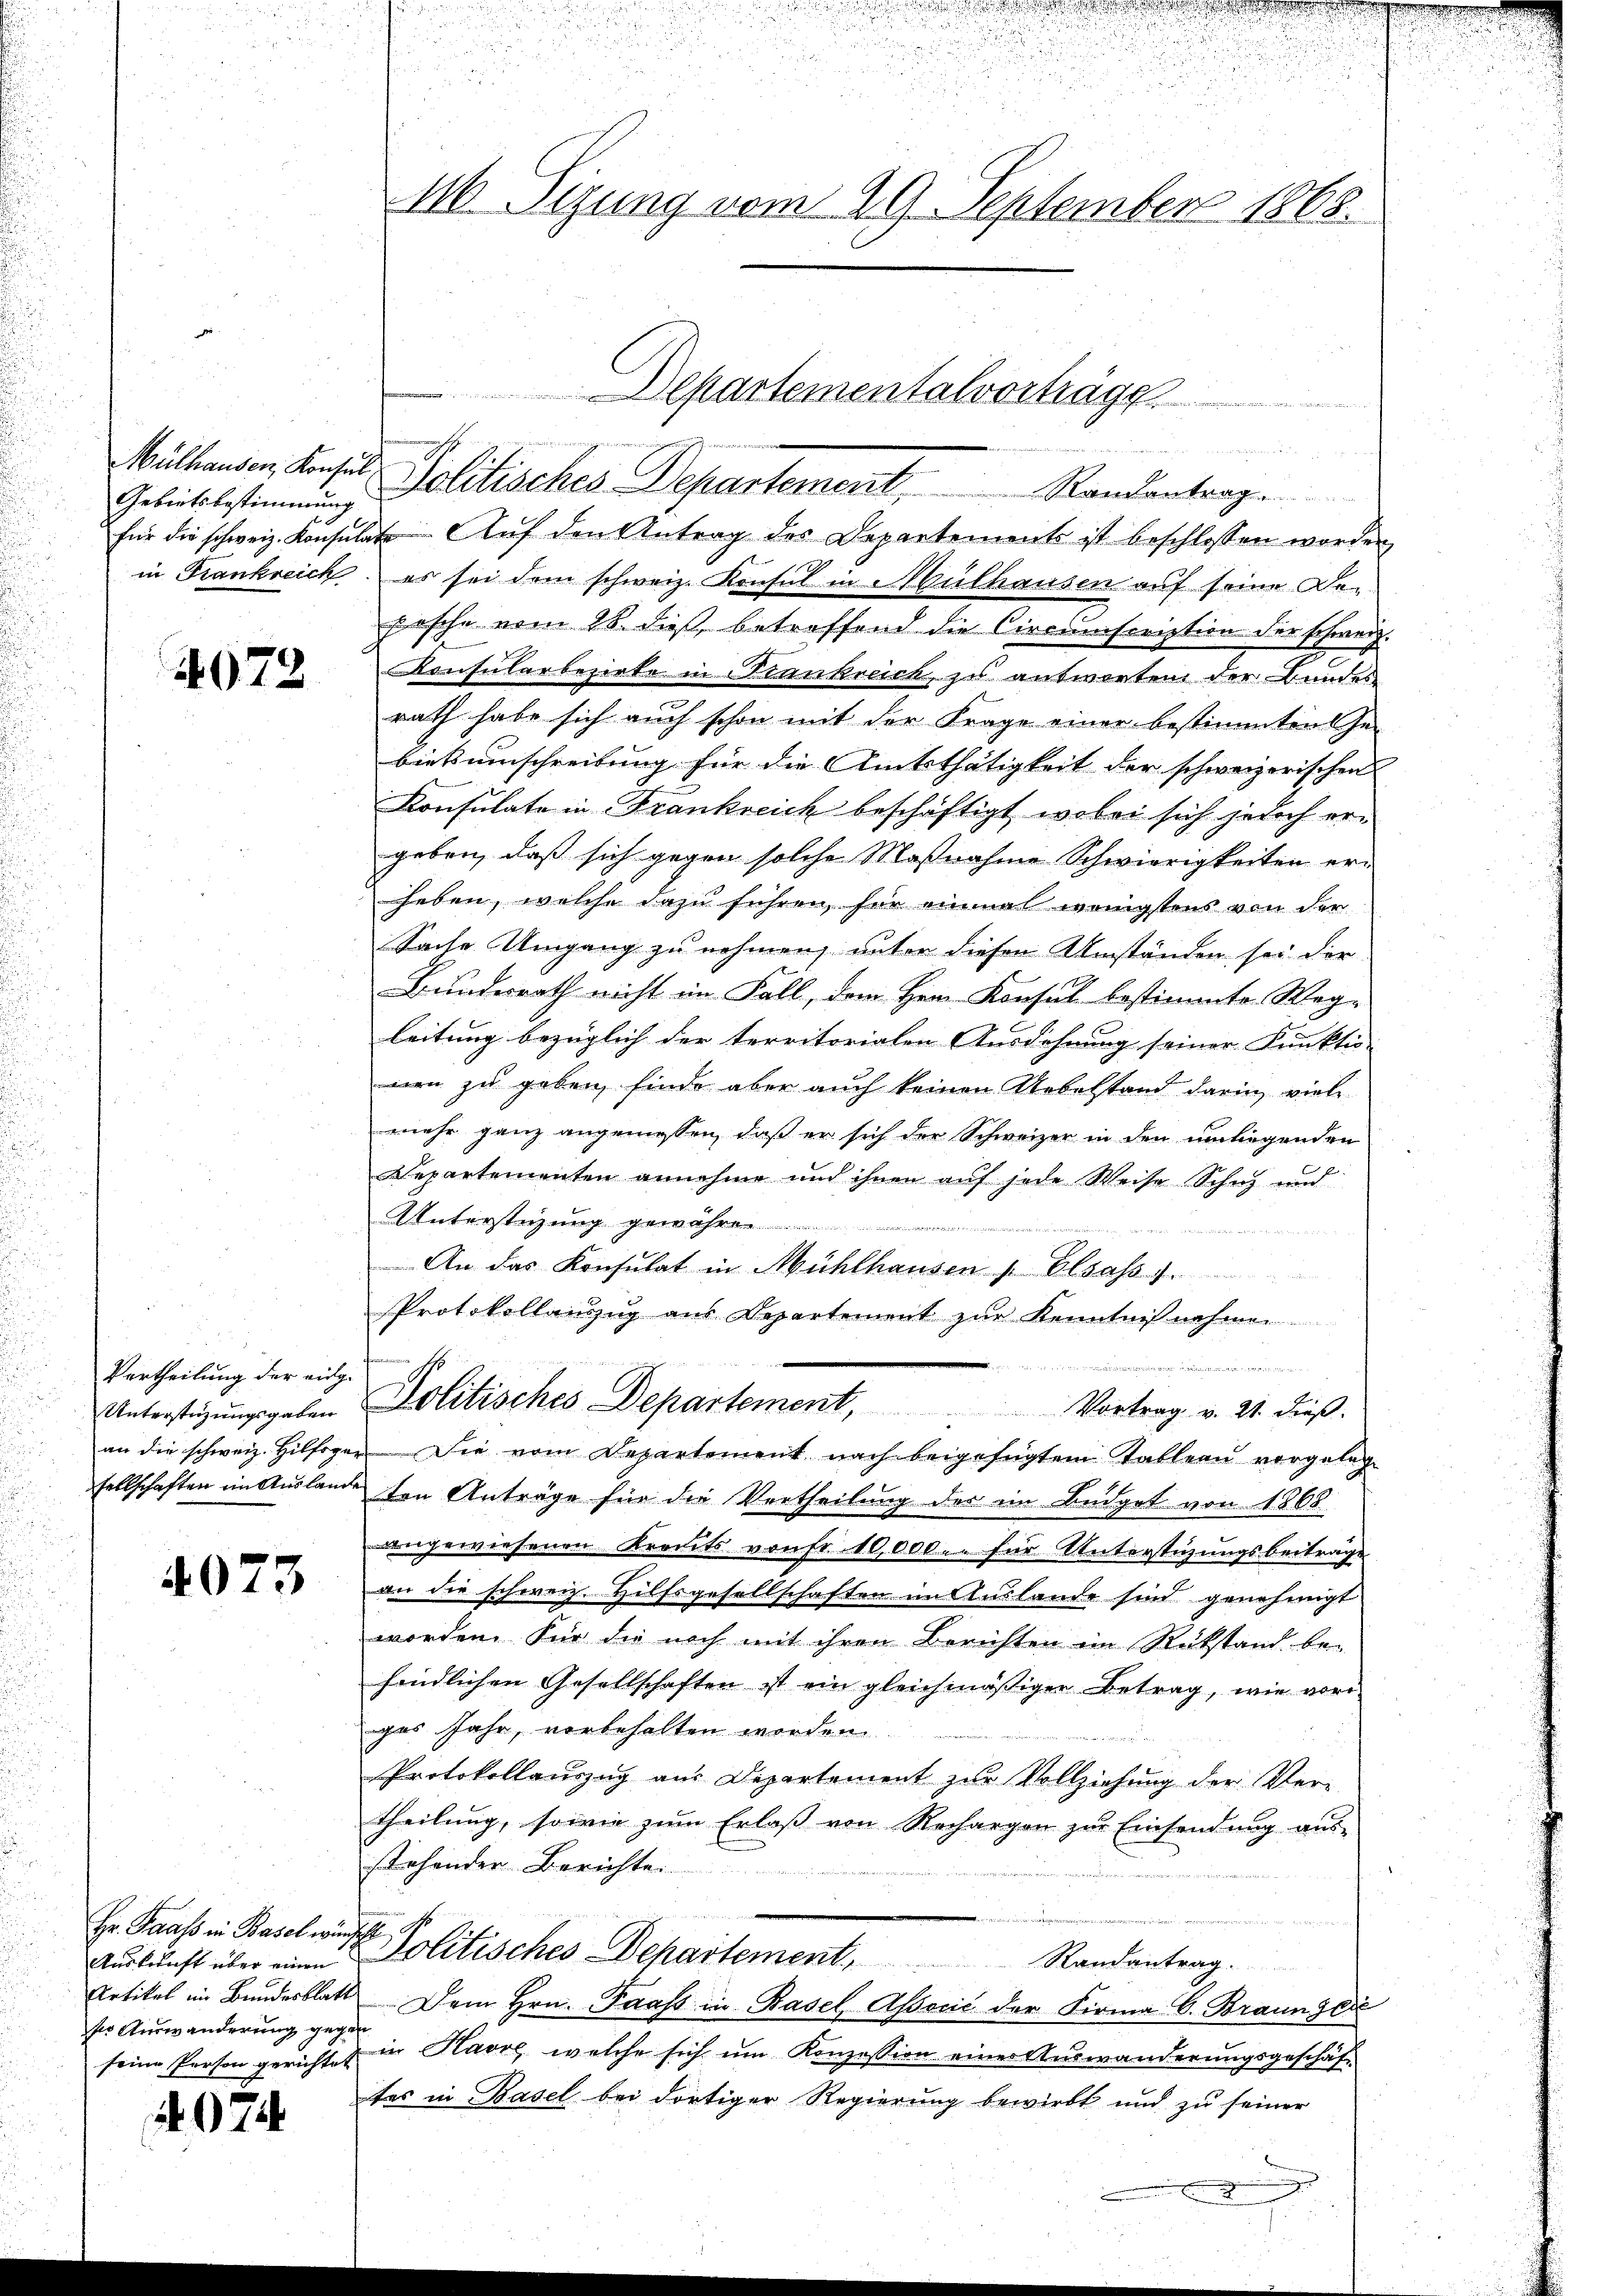
Gebietsbestimmung

4072

Vertheilung der eidg.
Unterstüzungsgaben

4073

Hr. Faass in Basel wünschl
ser Auswanderung gegen
seine Person gerichtet

074

u
.
r
16. Sizung vom 29. September 1863.

für die schweiz. Konsulate Aŭf den Antrag des Departement ist beschlossen worden,
in Frankreich, es sei dem schweiz. Konsul in Mülhausen auf seine Be¬
Fische vom 28. dieß, betreffend die Circuscription der schweiz.
Konsularbezirke in Niankreich, zu antworten der Bundes
rath habe sich auch schon mit der Frage einer bestimmten Ge-
biekumschreibung für die Amtsthätigkeit der schweizerischen
Konsulate in Frankreich beschäftigt, wobei sich jedoch ergeben, daß sich gegen solche Maßnahme Schwierigkeiten er-
heben, welche dazu führen, für einmal wenigstens von der
Sache Umgang zu nehmen, unter diesen Umständen sei der
Bundesrath nicht im Fall, dem Herr Konsul bestimmte Weg-
leitung bezüglich der territorialen Ausdehnung seiner Punktio-
nen zu geben, finde aber auch keinen Uebelstand darin viele
mehr ganz angemessen, daß er sich der Schweizer in den umliegenden
Departementen annehme und ihnen auf jede Weise Schuh und
Unterstüzung ge

An das Konsulat in Mühlhausen Elsass.
Protokollanzzug aus Departement zŭr Kenntnißnahmen

Politisches Departement, Vortrag v. 21. dieβ.
an die schweiz. Hilfoger Die vom Departement nach beigefügtem Tableau vorgeleg
sellschaften im Auslande von Anträge für die Vertheilung des im Büdget von 1868
angewiesenen Krauts von Fr. 10,000.- für Unterstüzungsbeitrage
an die schweiz. Hilfsgesellschaften in Auslande sind genehmigt
worden. Für die noch mit ihren Berichten im Rückstand be-
findlichen Gesellschaften ist ein gleichmäßiger Betrag, wie vori
ges Jahr, vorbehalten worden.
Protokollauszug aus Departement zur Vollziehung der Ver-
theilŭng, sowie zŭm Erlaβ von Rechargen zŭr Einsendung aŭs-
stehender Berichte.
Auskunft über einen Politisches Departement, Randantrag.
Artikel im Bundesblatt Dem Hrn. Prast in Basel Aßocić der Firma C. Braung die
in Havre, welche sich um Konzession einer Auswanderungsgeschäft
tes in Basel bei dortiger Regierung bewirkt und zu seiner

Departementalvorträge

Müllenden Consuls Politisches Departement   Randantrag